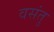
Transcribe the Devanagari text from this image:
वसंतु